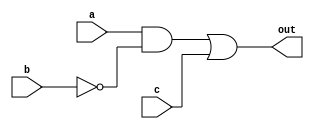
module complex_logic_gate(
    input wire a,
    input wire b,
    input wire c,
    output reg out
);

assign not_b = ~b; // NOT operation on signal b

// Other combinational logic blocks to achieve desired output based on input signals
assign out = (a & not_b) | c;

endmodule